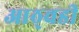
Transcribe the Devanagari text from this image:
आठ्वडी